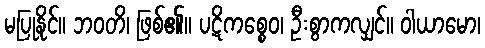
မပြုနိုင်။ ဘဝတိ၊ ဖြစ်၏။ ပဋိကစ္စေဝ၊ ဦးစွာကလျှင်။ ဝါယာမော၊